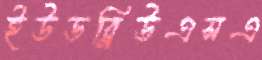
ইউডব্লিউএসএ